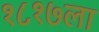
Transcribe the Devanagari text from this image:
१८१७ला